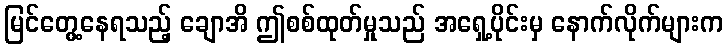
မြင်တွေ့နေရသည့် ချောအိ ဤစစ်ထုတ်မှုသည် အရှေ့ပိုင်းမှ နောက်လိုက်များက